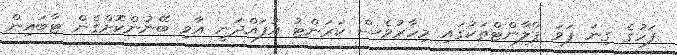
ފަހުގެ ގިނަ ޕަވަ ޕްލާންޓްތަކުގައި މިހާރުވެސް ކަރަންޓު އުފައްދަނީ އާވި ބޭނުންކޮށްގެން ޓާބައިން